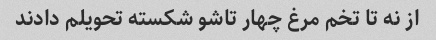
از نه تا تخم مرغ چهار تاشو شکسته تحویلم دادند